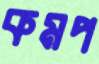
কমপ